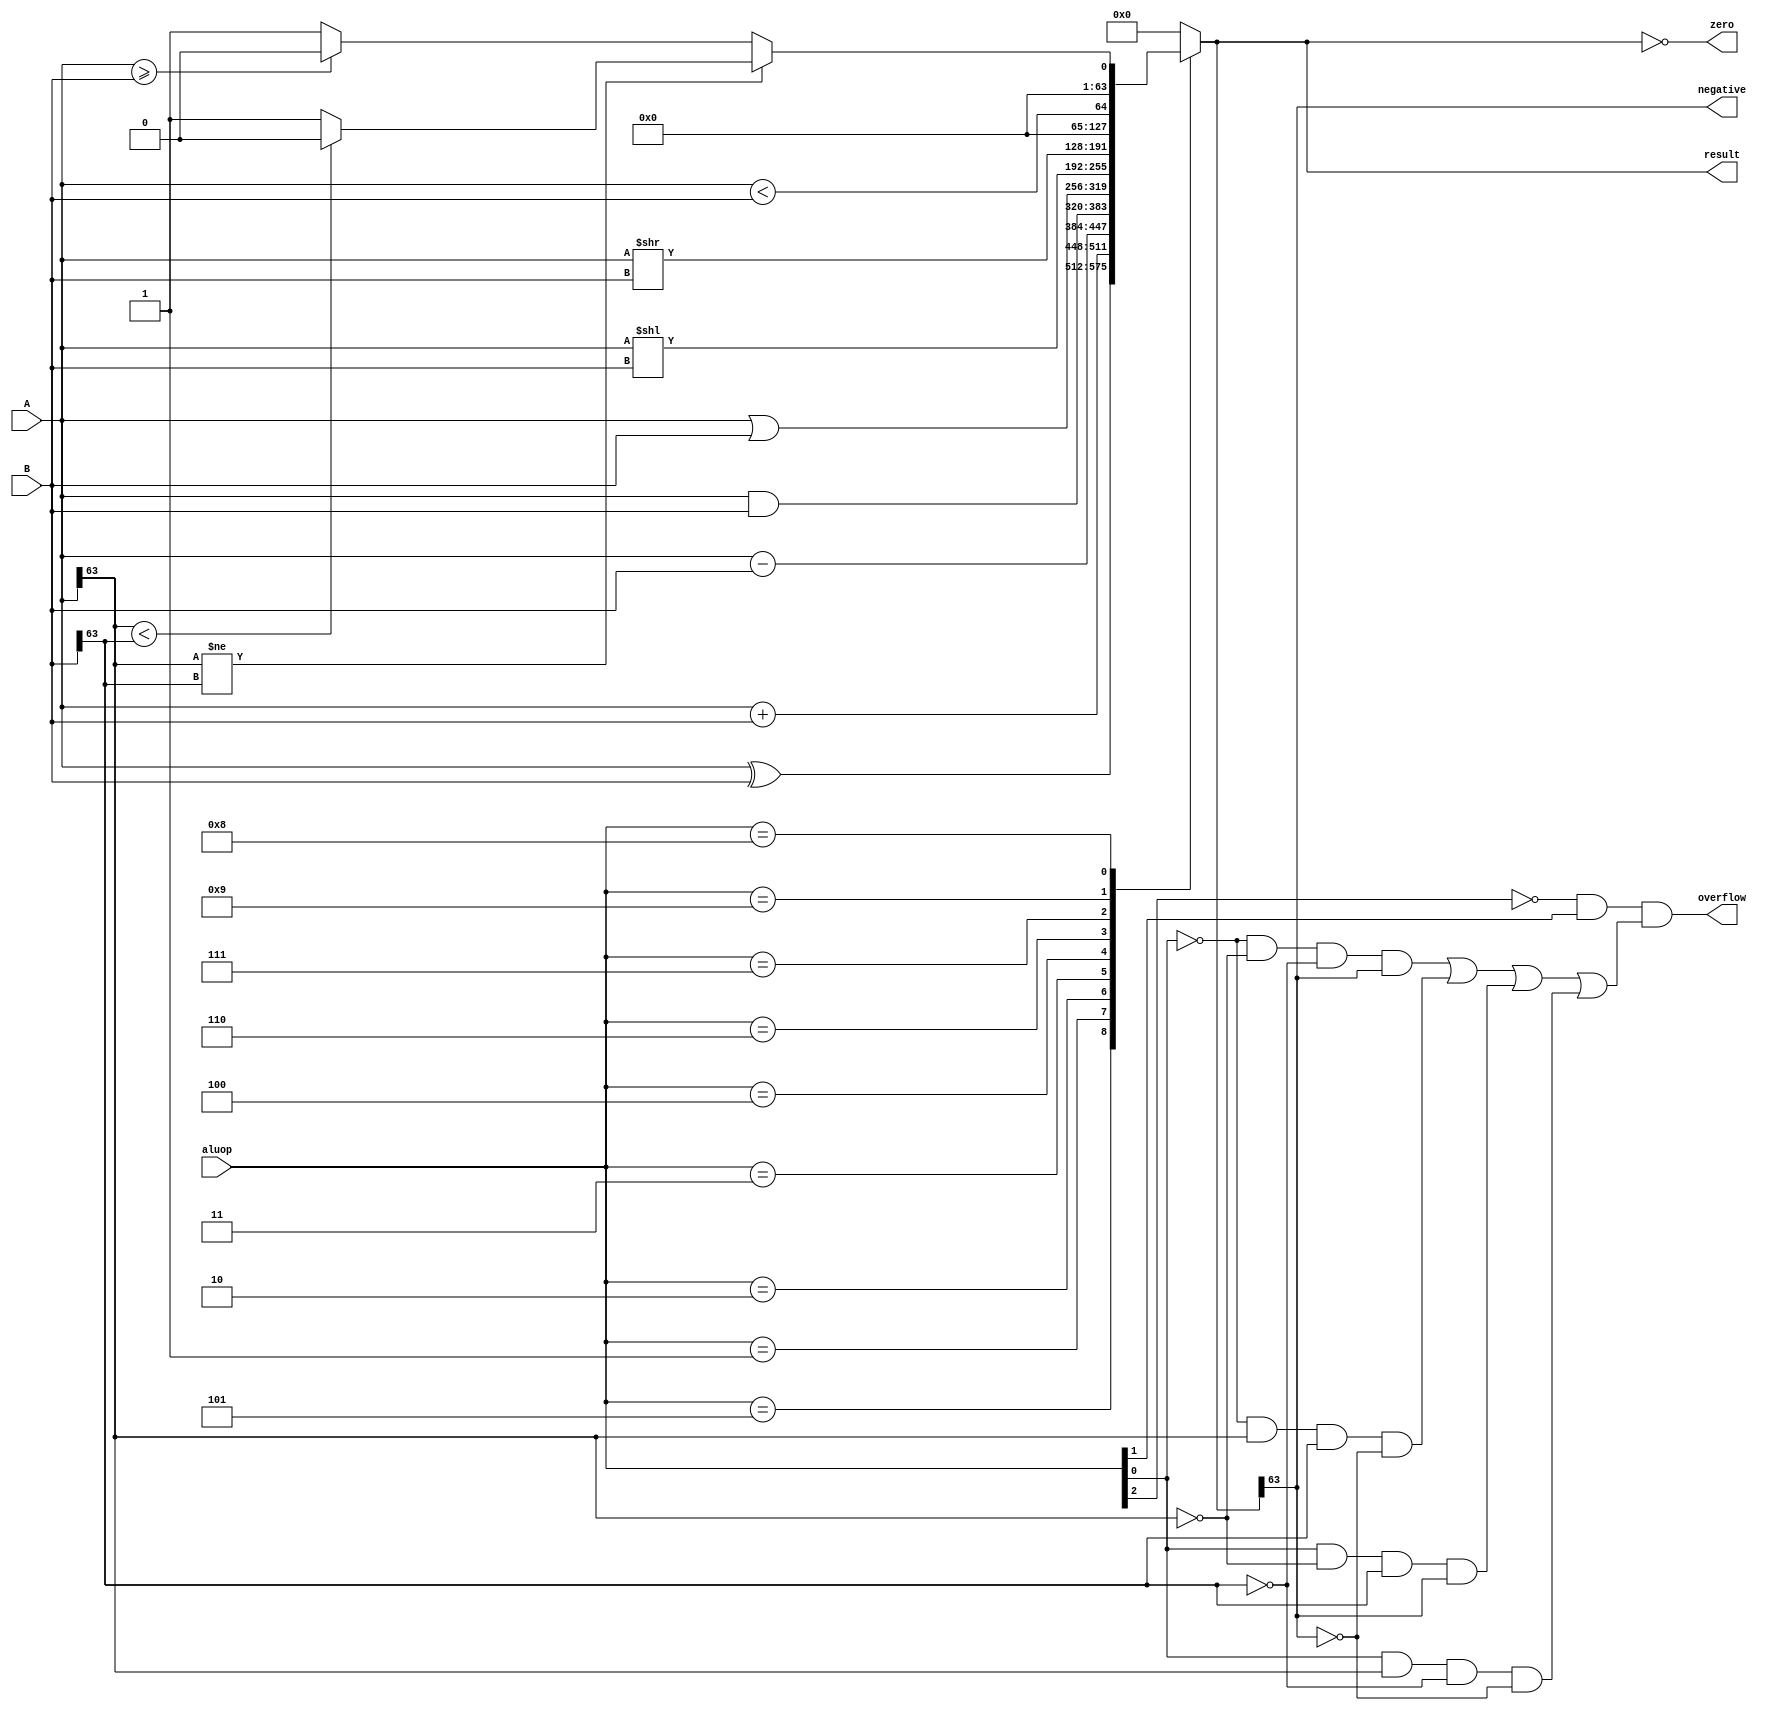
`timescale 1ns / 1ps

`define DUMMY	4'h0
//Arithmetic
`define ADD		4'h1
`define SUB		4'h2
//Logical
`define AND		4'h3
`define OR		4'h4
`define XOR	   4'h5
//Shift
`define SLL		4'h6
`define SRL		4'h7
//Comparison
`define SLT		4'h8 //signed
`define SLTU	4'h9 //unsigned

module alu(A, B, aluop, result, zero, negative, overflow);

input [63:0] A;
input [63:0] B;
input [3:0] aluop;
output reg[63:0] result;
output zero, negative, overflow;

assign zero = (result == 64'b0);

assign negative = result[63];

always@(*) begin
	case(aluop)
		`XOR : result = (A ^ B);
		`ADD : result = (A + B);
		`SUB : result = (A - B);
		`AND : result = (A & B);
		`OR  : result = (A | B);
		`SLL : result = (A << B);
		`SRL : result = (A >> B);
		`SLTU : result = (A < B);
		`SLT : begin
				if(A[63]!=B[63]) begin
					if(A[63]<B[63]) result = 64'b0; 
					else result = 64'b1;
				end else begin
					if(A>=B) result = 64'b0;
					else result = 64'b1;
				end
			   end
		default : result = 64'b0;
	endcase
end

assign overflow = ~aluop[2] & aluop[1] &     
     ((~aluop[0] & ~A[63] & ~B[63] & result[63]) |
     (~aluop[0] & A[63] & B[63] & ~result[63]) |
     (aluop[0] & ~A[63] & B[63] & result[63]) |
     (aluop[0] & A[63] & ~B[63] & ~result[63]));

endmodule